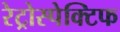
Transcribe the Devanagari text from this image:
रेट्रोस्‍पेक्टिफ